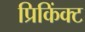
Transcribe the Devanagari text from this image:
प्रिकिंक्ट